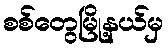
စစ်တွေမြို့နယ်မှ